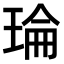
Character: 𤦎